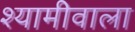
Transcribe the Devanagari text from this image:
श्यामीवाला